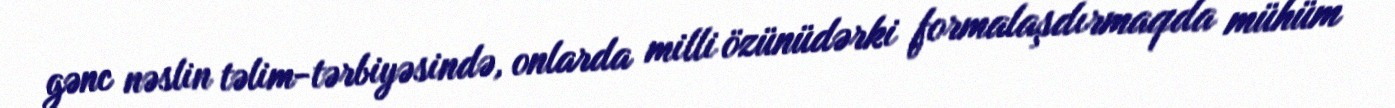
gənc nəslin təlim-tərbiyəsində, onlarda milli özünüdərki formalaşdırmaqda mühüm